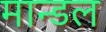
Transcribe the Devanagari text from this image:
मान्डल